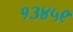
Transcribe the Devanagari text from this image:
१३४५९